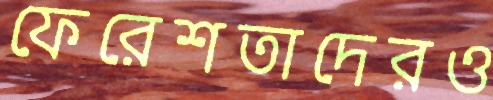
ফেরেশতাদেরও